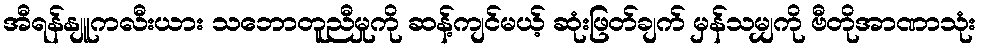
အီရန်နျူကလီးယား သဘောတူညီမှုကို ဆန့်ကျင်မယ့် ဆုံးဖြတ်ချက် မှန်သမျှကို ဗီတိုအာဏာသုံး